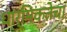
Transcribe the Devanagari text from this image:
धार्मिकतेचा